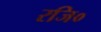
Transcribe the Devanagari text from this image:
रजि०